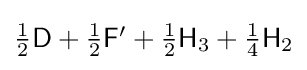
{\textstyle {\tfrac {1}{2}}{\mathsf {D}}+{\tfrac {1}{2}}{\mathsf {F}}^{\prime }+{\tfrac {1}{2}}{\mathsf {H}}_{3}+{\tfrac {1}{4}}{\mathsf {H}}_{2}}